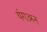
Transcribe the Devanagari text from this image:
यंगअन